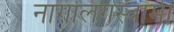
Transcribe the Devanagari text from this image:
नागलिंगस्वामी